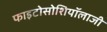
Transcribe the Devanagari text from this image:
फाइटोसोशियॉलाजी